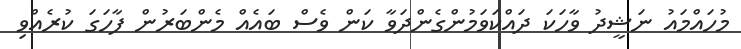
މުހައްމައު ނަޝީދު ވާހަކަ ދައްކަވަމުންގެންދަވާ ކަން ވެސް ބައެއް މެންބަރުން ފާހަގަ ކުރެއްވި